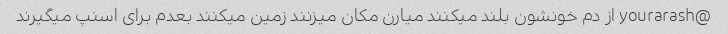
@yourarash از دم خونشون بلند میکنند میارن مکان میزنند زمین میکنند بعدم برای اسنپ میگیرند